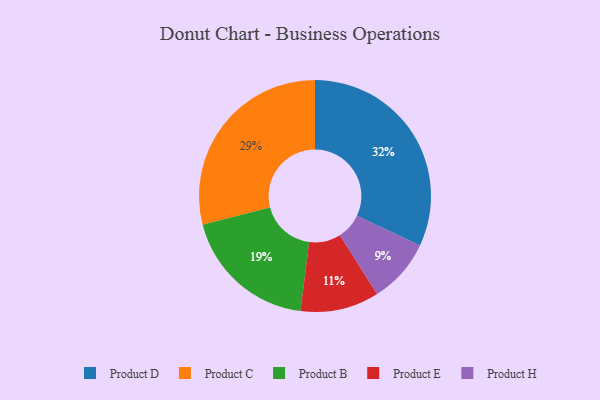
{"axis": {"x": "Category", "y": "Percentage"}, "legend": ["Product B", "Product C", "Product D", "Product E", "Product H"], "data": [{"x": "Product C", "y": 29, "type": "Product C"}, {"x": "Product B", "y": 19, "type": "Product B"}, {"x": "Product E", "y": 11, "type": "Product E"}, {"x": "Product D", "y": 32, "type": "Product D"}, {"x": "Product H", "y": 9, "type": "Product H"}]}